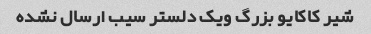
شیر کاکایو بزرگ ویک دلستر سیب ارسال نشده